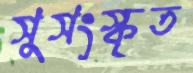
সুসংস্কৃত